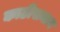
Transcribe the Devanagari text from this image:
काठीसमान